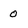
Character: 0